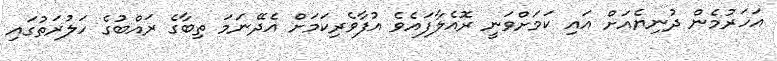
އަހަރުމެން ދުނިޔެއަށް އައި ކަމަށްވަނީ ރޮއެލާފައެވެ އުފާވެރިކަމަށް އެދޭނަމަ ތިބާގެ ރައްބުގެ ހަލުރަތުގައި